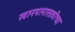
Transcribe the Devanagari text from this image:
खानपानासाठीचा